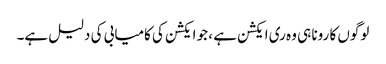
لوگوں کا رونا ہی وہ ری ایکشن ہے ، جو ایکشن کی کامیابی کی دلیل ہے۔